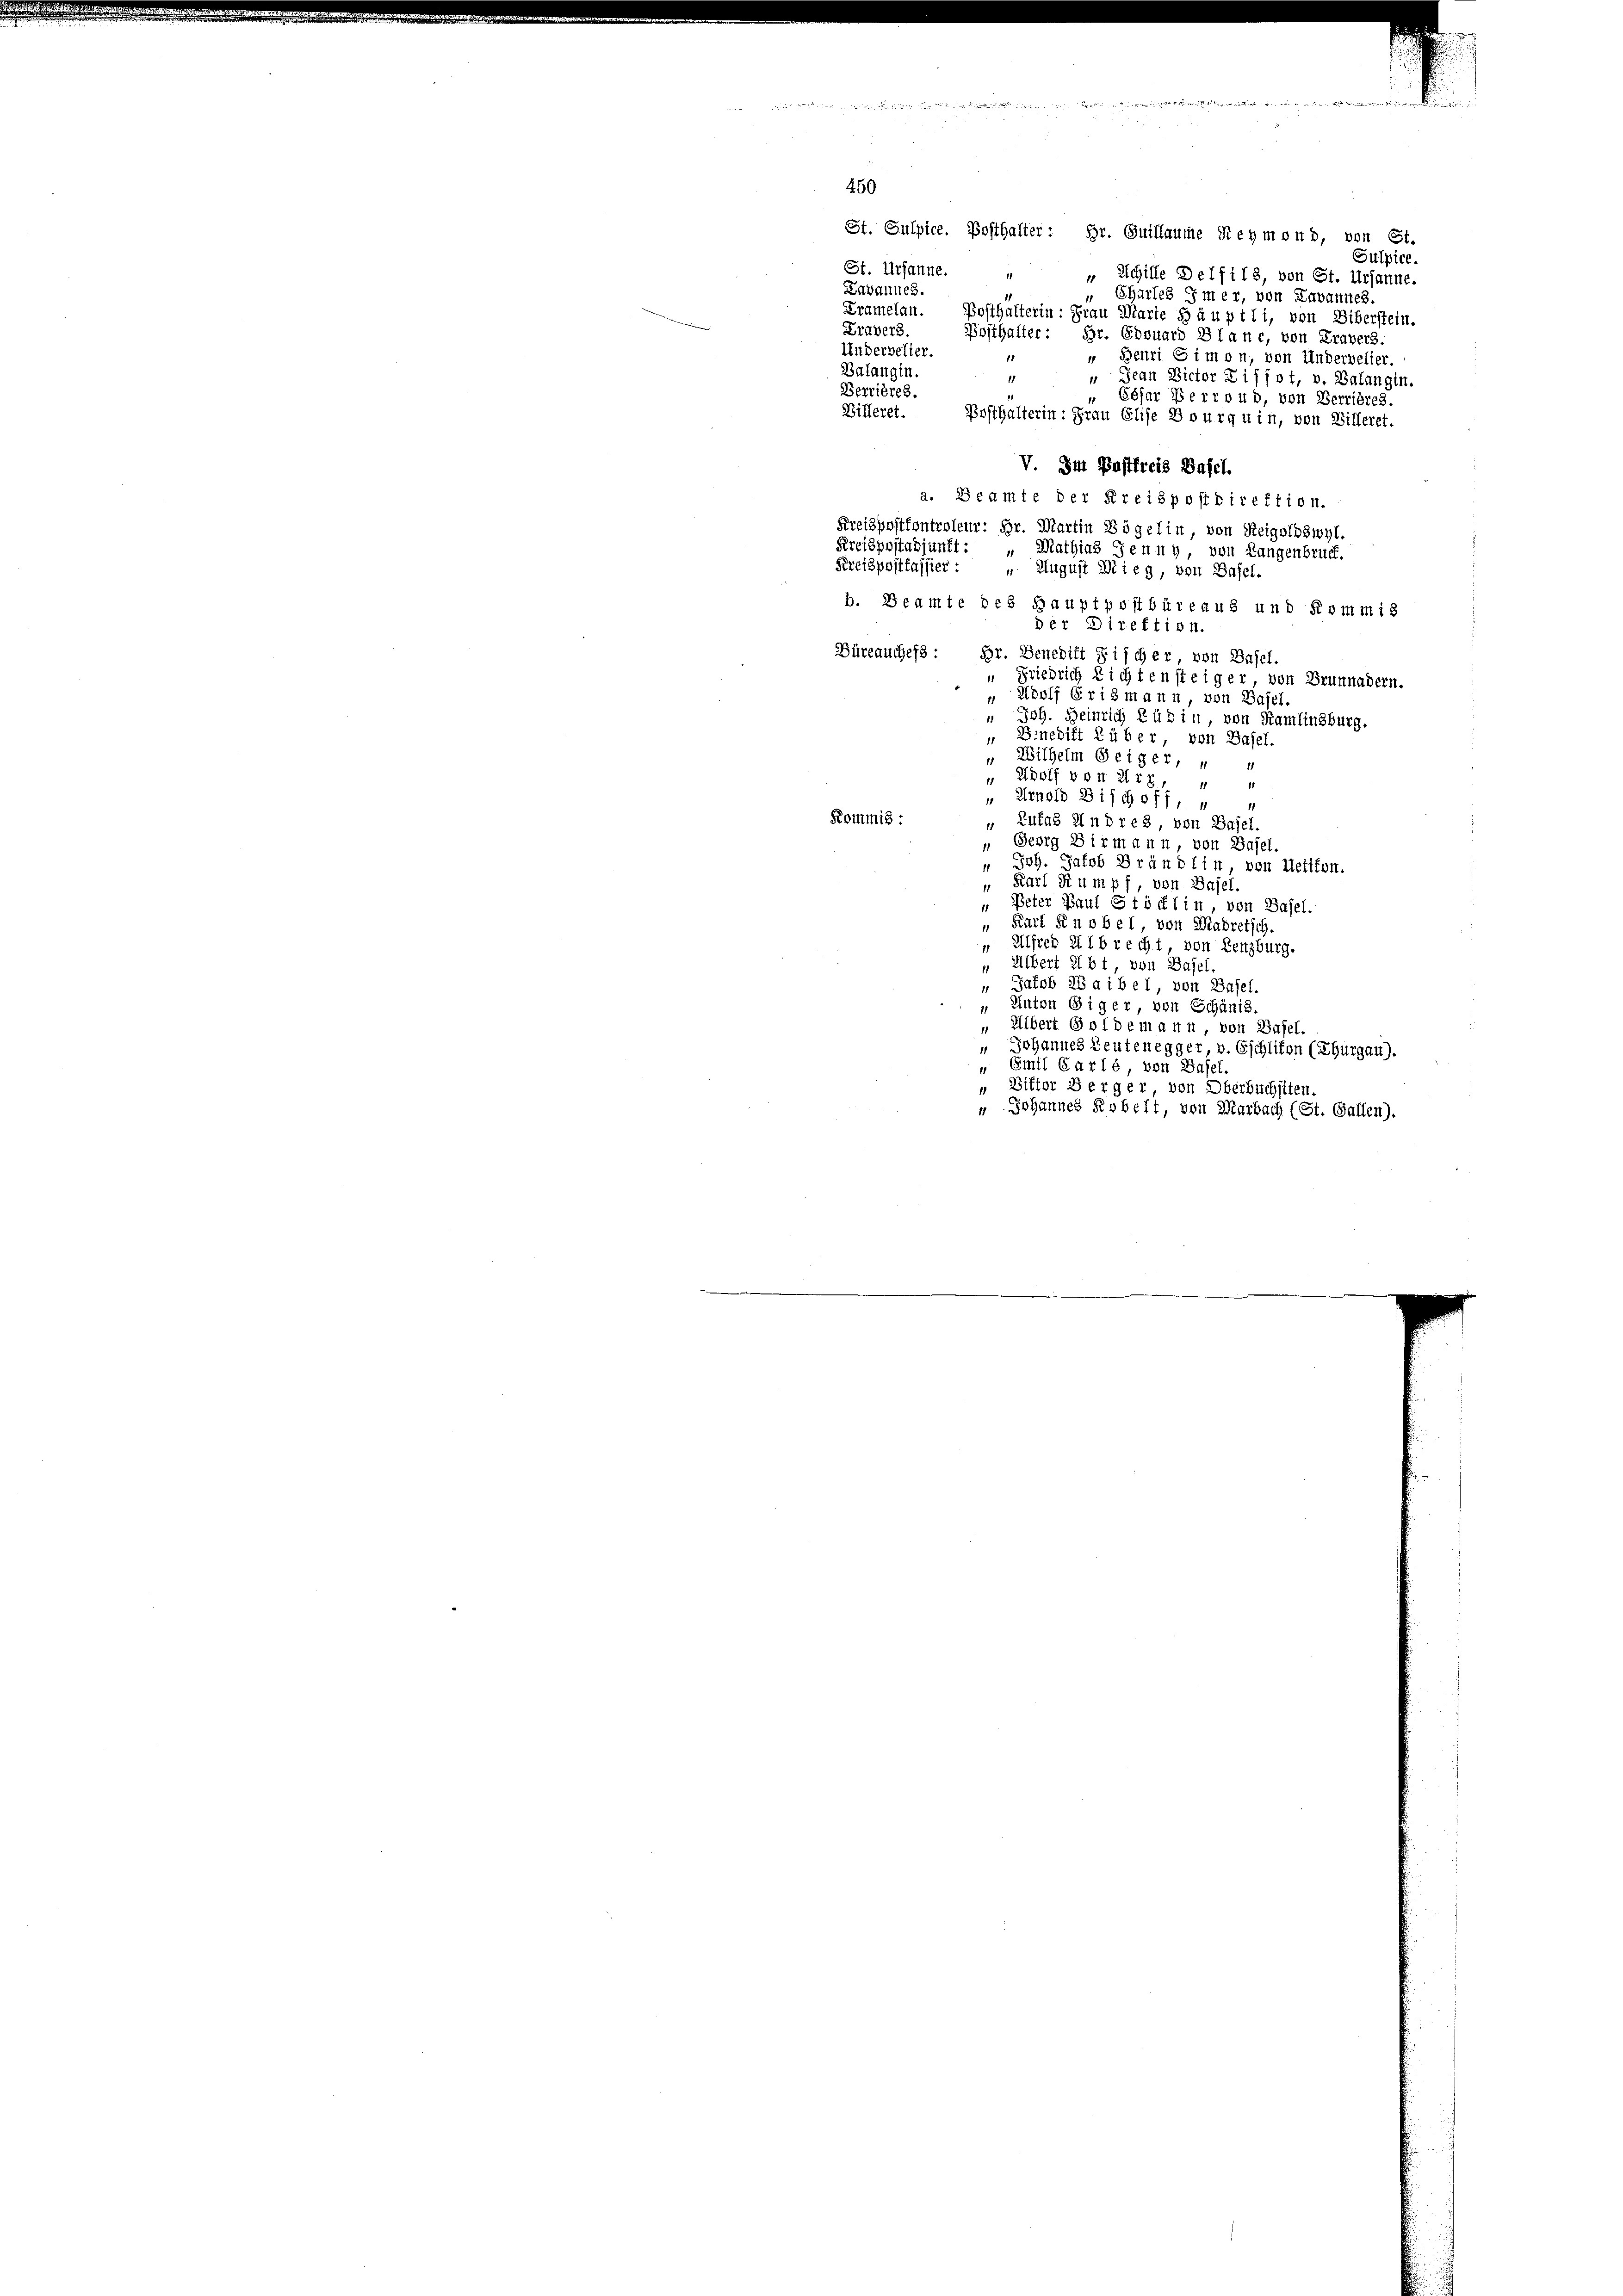
.
450
St. Sulpice. Posthalter: Hr. Guillaume Reymond, von St.
Sulpice.
St. Ursanne. „ „Schille Delfils, von St. Ursanne.
Lavannes.
 Chartes imer, von Lavannes.
Kramelau. Bosthalterin: Frau Marie Häuptli, von Ziberstein.
Fravers. Bosthalter: Gr. Edouars Blanc, von Fravers.
Undervelier.
 Betri Gimon, von Anderbelier.
1
Balangin.
1
 Jean Victor Pissot, v. Balangin.
Berrières.
Ebjar Perrond, von Berrières.
Billeret. Posthalterin: Frau Elise Bourquin, von Billeret.
V. Im Pastfreis Basel.
a. Beamte der Kreispostdirektion.
Kreispostkontroleur: Hr. Martin Vögelin, von Reigolbswyl.
Kreispostadjunft: „Mathias Jenny, von Langenbruck.
Kreispostfassier: „August Mieg, von Basel.
b. Beamte des Hauptpostbüreaus und Kommis
der Direktion.
Büreauches Hr. Benedift Fischer von Basel.
“ Friedrich nichtensteiger, von Brunnadern.
" Adolf Erismann, von Basel.
" Joh. Heinrich Rüdin, von Kamlinsburg.
„Binedift über, von Basel.
Wilhelm Beiger, u
 Adolf von Art, " "
1
" Arnold Bischeff, „ 4
Kommis:
Rufas Andre 3, von Basel.
1
 Georg Birmann, von Basel
Joh. Jakob Brändlin, von Uetikon.
11
" Karl Stumpf, von Basel.
" Peter Bauf Stöcklin, von Basel.
" Karl Knobel, von Madretsch.
 Alfred Albrecht, von Lenzburg.
" Albert übt, von Basel.
“ Jakob Waibel von Basel.
" Anton Giger, von Schänis.
" Albert Goldemann, von Basel,
" Johannes Leutenegger, v. Eschliton (Thurgau).
" Emil Garlé, von Basel
„ Ditter Berger, von Oberbuchsten.
u Johannes Robelt, von Marbach (St. Gallen).